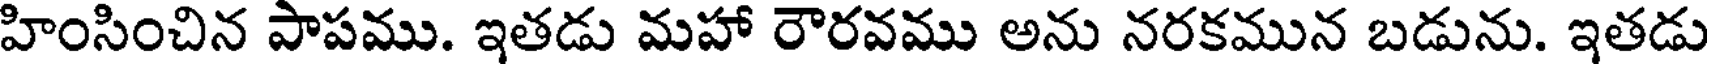
హింసించిన పాపము. ఇతడు మహా రౌరవము అను నరకమున బడును. ఇతడు